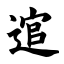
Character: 逭